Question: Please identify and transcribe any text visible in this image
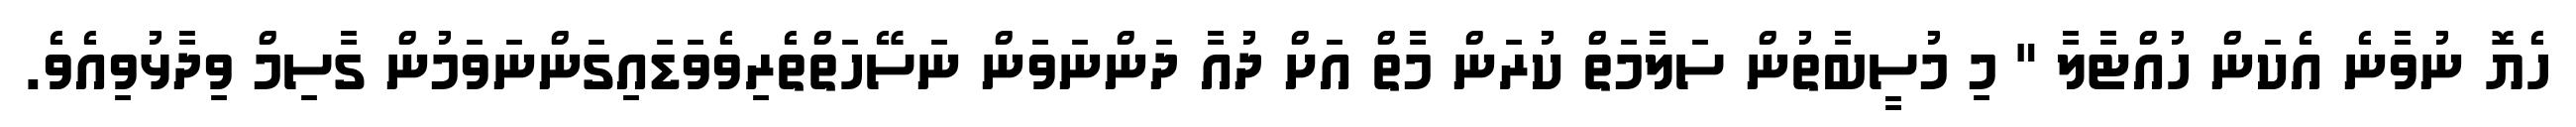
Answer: ހެޔޮ ނުވާނެ އެކަން ހުއްޓާލާ " މި މުސީބާތުން ސަލާމަތް ކުރަން މާތް އަށް ދުއާ ދަންނަވަން ނަސޭހަތްތެރިވެވަޑައިގަންނަވަމުން ގާސިމް ވިދާޅުވިއެވެ.